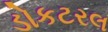
ડોકટરલ